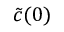
\tilde { c } ( 0 )